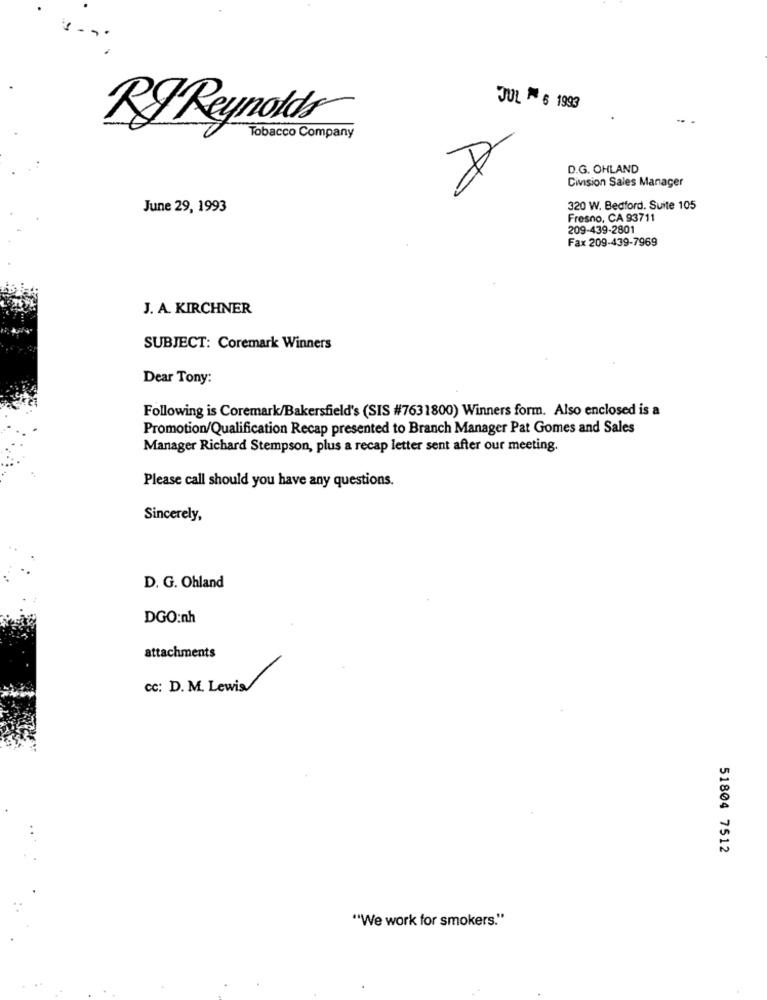
JUL ™ 6 1993
Tobacco Company
D.G. OHLAND
Civision Sales Manager
June 29, 1993
320 W. Bedford. Suite 105
Fresno, CA 93711
209-439-2801
Fax 209-439-7969
J. A. KIRCHNER
SUBJECT: Coremark Winners
Dear Tony:
Following is Coremark/Bakersfield's (SIS #7631800) Winners form. Also enclosed is a
Promotion/Qualification Recap presented to Branch Manager Pat Gomes and Sales
Manager Richard Stempson, plus a recap letter sent after our meeting.
Please call should you have any questions.
Sincerely,
D. G. Ohland
DGO:nh
attachments
cc: D. M. Lewis/
51804 7512
"We work for smokers."